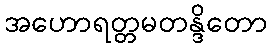
အဟောရတ္တမတန္ဒိတော